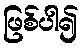
ဖြစ်ပါ၍